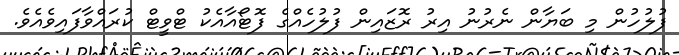
ފުލުހުން މި ބަޔާން ނެރުނު އިރު ރޮޒައިން ފުލުހެއްގެ ފޮޓޯއާއެކު ޓްވީޓް ކުރައްވާފައިވެއެވެ.